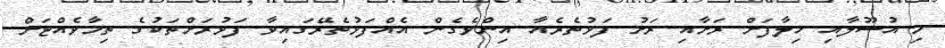
މި އުސޫލާއި ޚިލާފަށް ރަށާއި ރަށު ފަޅުތެރެއާ އިންވެގެން އެއްފަޅުތެރޭގައިވާ ފަޅުރަށްތަކުގެ ތިމާވެއްޓަށް